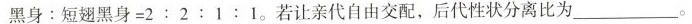
$$黑 身 ： 短 翅 黑 身 = 2 : 2 : 1 : 1$$.若让亲代自由交配，后代性状分离比为___。